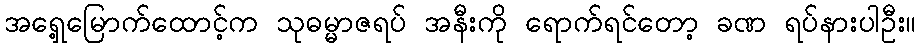
အရှေ့မြောက်ထောင့်က သုဓမ္မာဇရပ် အနီးကို ရောက်ရင်တော့ ခဏ ရပ်နားပါဦး။